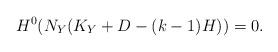
LaTeX: \begin{align*}H^0(N_Y(K_Y+D-(k-1)H))=0.\end{align*}